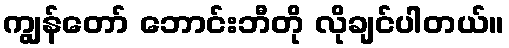
ကျွန်တော် ဘောင်းဘီတို လိုချင်ပါတယ်။